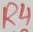
Text: R4